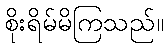
စိုးရိမ်မိကြသည်။